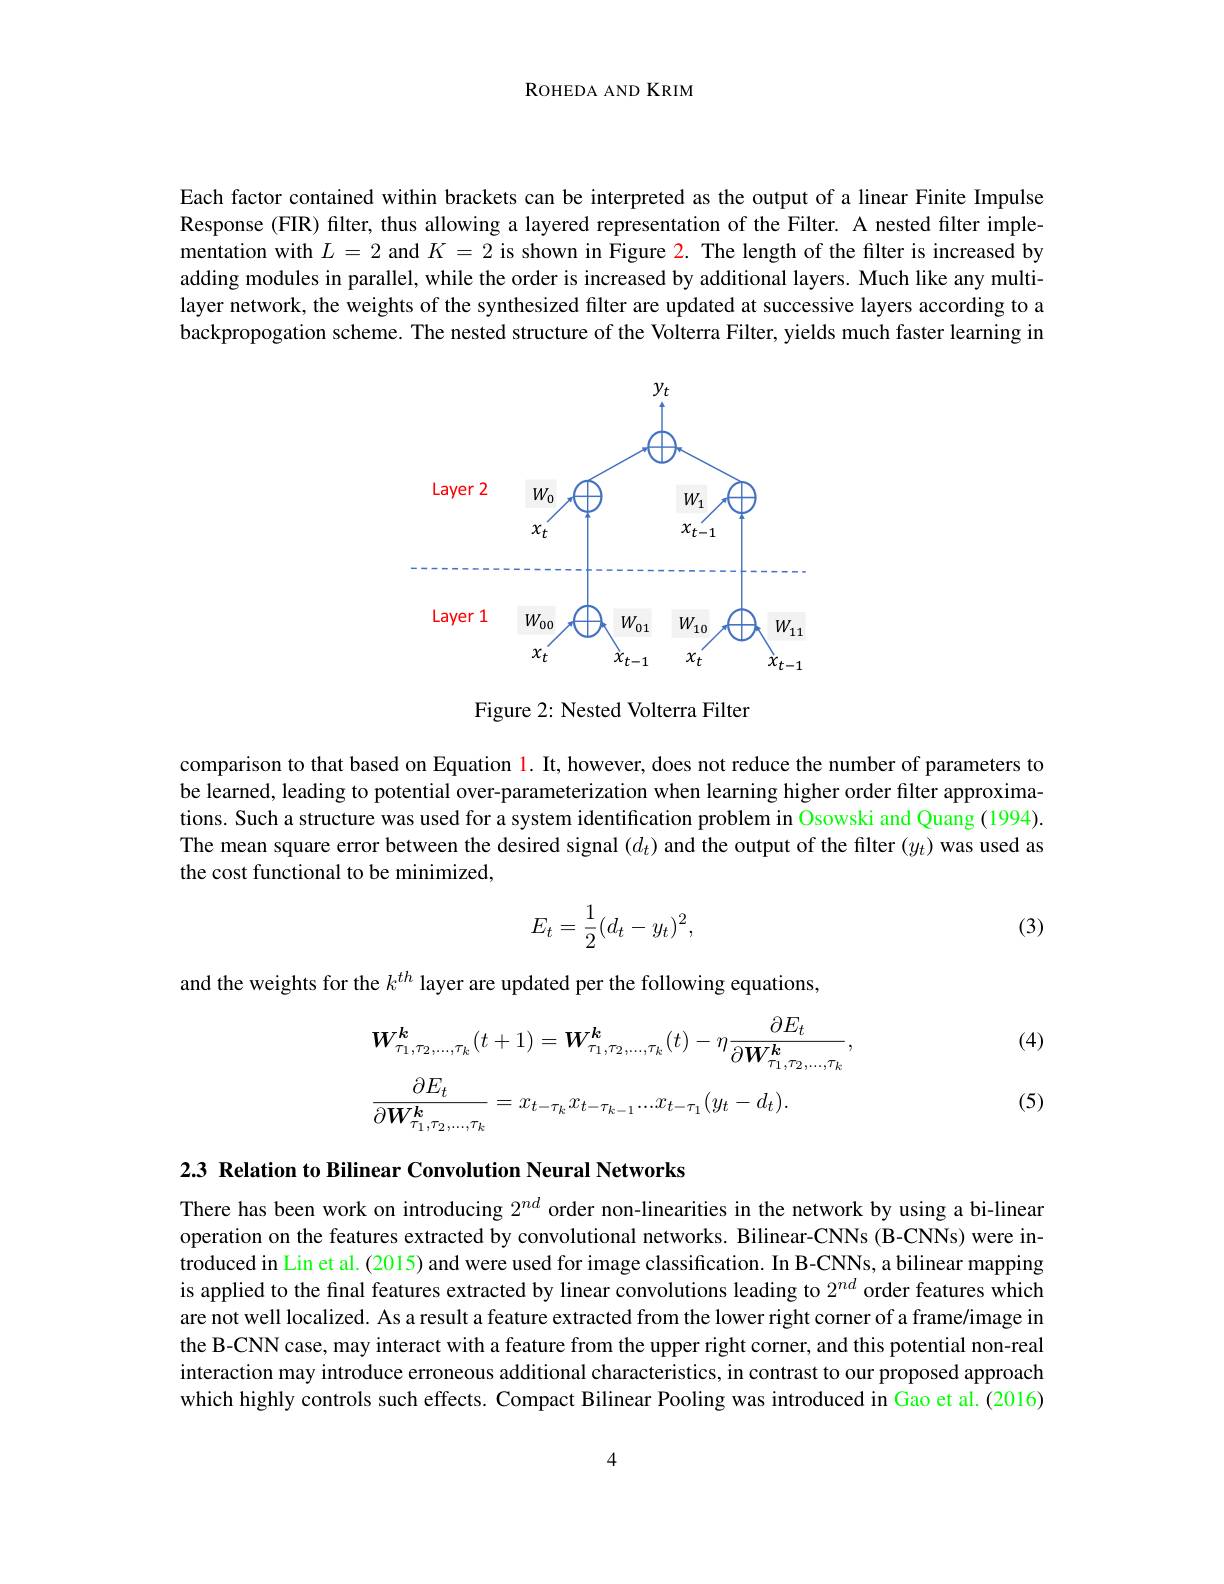
ROHEDA AND KRIM

Each factor contained within brackets can be interpreted as the output of a linear Finite Impulse Response (FIR) filter, thus allowing a layered representation of the Filter. A nested filter implementation with $L=2$ and $K=2$ is shown in Figure 2. The length of the filter is increased by adding modules in parallel, while the order is increased by additional layers. Much like any multilayer network, the weights of the synthesized filter are updated at successive layers according to a backpropogation scheme. The nested structure of the Volterra Filter, yields much faster learning in

<FigureHere>

Figure 2: Nested Volterra Filter

comparison to that based on Equation l. It, however, does not reduce the number of parameters to be learned, leading to potential over-parameterization when learning higher order filter approximations. Such a structure was used for a system identification problem in Osowski and Quang (1994). The mean square error between the desired signal $(d_t)$ and the output of the filter $(y_t)$ was used as the cost functional to be minimized,
$$E_t=\dfrac{1}{2}(d_t-y_t)^2,$$
(3)

and the weights for the $k^{th}$ layer are updated per the following equations,

, (4)
$$\begin{aligned}&\boldsymbol{W}_{\tau_{1},\tau_{2},...,\tau_{k}}^{\boldsymbol{k}}(t+1)=\boldsymbol{W}_{\tau_{1},\tau_{2},...,\tau_{k}}^{\boldsymbol{k}}(t)-\eta\frac{\partial E_{t}}{\partial\boldsymbol{W}_{\tau_{1},\tau_{2},...,\tau_{k}}^{\boldsymbol{k}}},\\&\frac{\partial E_{t}}{\partial\boldsymbol{W}_{\tau_{1},\tau_{2},...,\tau_{k}}^{\boldsymbol{k}}}=x_{t-\tau_{k}}x_{t-\tau_{k-1}}...x_{t-\tau_{1}}(y_{t}-d_{t}).\end{aligned}$$
(5)

2.3 Relation to Bilinear Convolution Neural Networks

There has been work on introducing $2^{nd}$ order non-linearities in the network by using a bi-linear operation on the features extracted by convolutional networks. Bilinear-CNNs (B-CNNs) were introduced in Lin et al. (2015) and were used for image classification. In B-CNNs, a bilinear mapping is applied to the final features extracted by linear convolutions leading to $2^{nd}$ order features which are not well localized. As a result a feature extracted from the lower right corner of a frame/image in the B-CNN case, may interact with a feature from the upper right corner, and this potential non-real interaction may introduce erroneous additional characteristics, in contrast to our proposed approach which highly controls such effects. Compact Bilinear Pooling was introduced in Gao et al. (2016)

4